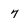
Character: 7